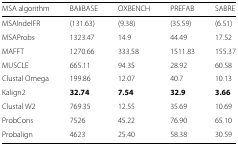
<table><thead><tr><td><b>MSA algorithm</b></td><td><b>BAliBASE</b></td><td><b>OXBENCH</b></td><td><b>PREFAB</b></td><td><b>SABRE</b></td></tr></thead><tbody><tr><td>MSAIndelFR</td><td>(131.63)</td><td>(9.38)</td><td>(35.59)</td><td>(6.51)</td></tr><tr><td>MSAProbs</td><td>1323.47</td><td>14.9</td><td>44.49</td><td>17.52</td></tr><tr><td>MAFFT</td><td>1270.66</td><td>333.58</td><td>1511.83</td><td>155.37</td></tr><tr><td>MUSCLE</td><td>665.11</td><td>94.35</td><td>28.92</td><td>60.58</td></tr><tr><td>Clustal Omega</td><td>199.86</td><td>12.07</td><td>40.7</td><td>10.13</td></tr><tr><td>Kalign2</td><td><b>32.74</b></td><td><b>7.54</b></td><td><b>32.9</b></td><td><b>3.66</b></td></tr><tr><td>Clustal W2</td><td>769.35</td><td>12.55</td><td>35.69</td><td>10.69</td></tr><tr><td>ProbCons</td><td>7526</td><td>45.22</td><td>76.90</td><td>65.10</td></tr><tr><td>Probalign</td><td>4623</td><td>25.40</td><td>58.38</td><td>30.59</td></tr></tbody></table>